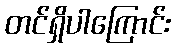
တင်ရှိပါကြောင်း